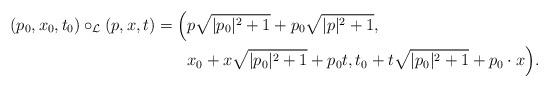
LaTeX: \begin{align*}(p_0,x_0,t_0) \circ_{\mathcal{L}} (p,x,t)= \Big( &p\sqrt{|p_0|^2+1}+p_0 \sqrt{|p|^2+1}, \\ &x_0+x\sqrt{|p_0|^2+1}+p_0t, t_0+t\sqrt{|p_0|^2+1}+p_0 \cdot x \Big ).\end{align*}